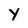
Character: Y